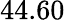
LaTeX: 44.60